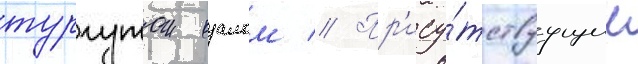
тургутом озалом // Пр'ису́тствуущие